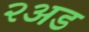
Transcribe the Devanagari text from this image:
२अड